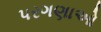
પરગણાઓ